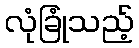
လုံခြုံသည့်